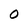
Character: 0